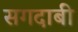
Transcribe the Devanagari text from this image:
सगदाबी